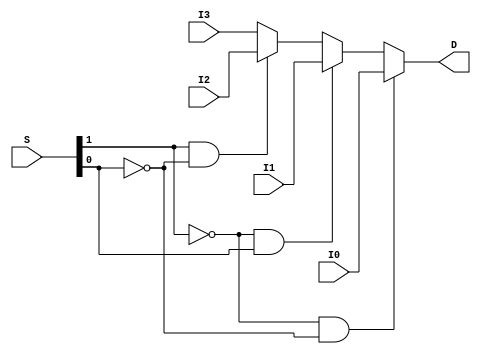
`timescale 1 ns/1 ns

module mux4bit4x1(I3, I2, I1, I0, S, D);

  input [3:0] I3, I2, I1, I0;
  input [1:0] S; 
  output reg [3:0] D;
   
  always @ (*)
  begin
     if(S[1] == 0 && S[0] == 0) begin
	     D <= I0;
     end
     else if(S[1] == 0 && S[0] == 1) begin
  	   D <= I1;
     end
     else if(S[1] == 1 && S[0] == 0) begin
	     D <= I2;	
     end
     else begin
       D <= I3;
     end
  end

endmodule